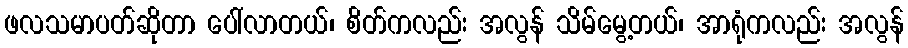
ဖလသမာပတ်ဆိုတာ ပေါ်လာတယ်၊ စိတ်ကလည်း အလွန် သိမ်မွေ့တယ်၊ အာရုံကလည်း အလွန်